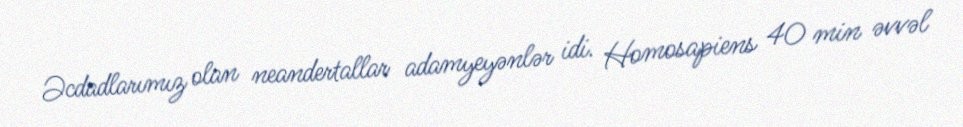
Əcdadlarımız olan neandertallar adamyeyənlər idi. Homosapiens 40 min əvvəl